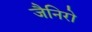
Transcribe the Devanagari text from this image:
जैनिरो